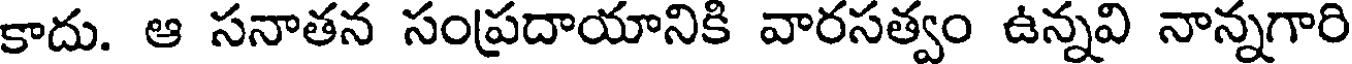
కాదు. ఆ సనాతన సంప్రదాయానికి వారసత్వం ఉన్నవి నాన్నగారి